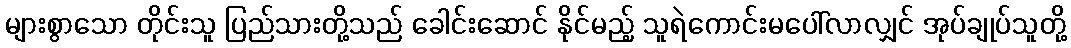
များစွာသော တိုင်းသူ ပြည်သားတို့သည် ခေါင်းဆောင် နိုင်မည့် သူရဲကောင်းမပေါ်လာလျှင် အုပ်ချုပ်သူတို့